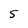
Character: 5